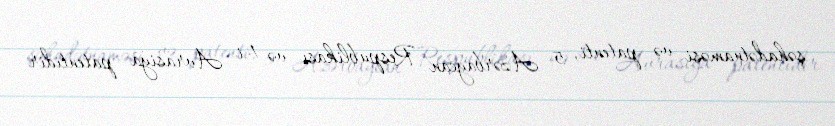
şəhadətnaməsi və patenti, 5- Azərbaycan Respublikası və 1-i Avrasiya patentidir